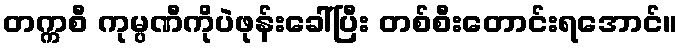
တက္ကစီ ကုမ္ပဏီကိုပဲဖုန်းခေါ်ပြီး တစ်စီးတောင်းရအောင်။